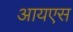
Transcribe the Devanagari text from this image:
आयएस